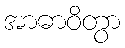
အာဓာဝိတွာ